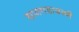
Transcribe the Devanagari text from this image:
राजगडावरची